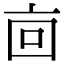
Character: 㐭